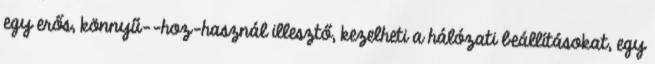
egy erős, könnyű--hoz-használ illesztő, kezelheti a hálózati beállításokat, egy